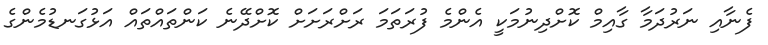
ފެނާއި ނަރުދަމާ ގާއިމް ކޮށްދިނުމަކީ އެންމެ ފުރަތަމަ ރަށްރަށަށް ކޮށްދޭނެ ކަންތައްތައް އަޅުގަނޑުމެންގެ